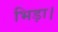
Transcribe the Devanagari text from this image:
भिड़ा।